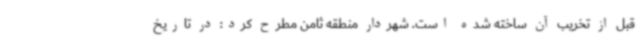
قبل از تخریب آن ساخته شده است. شهردار منطقه ثامن مطرح کرد: در تاریخ